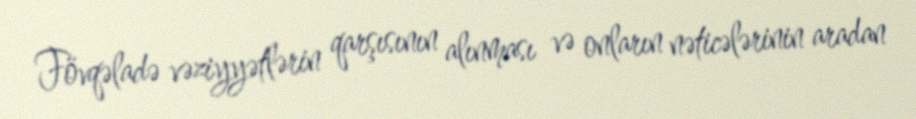
Fövqəladə vəziyyətlərin qarşısının alınması və onların nəticələrinin aradan